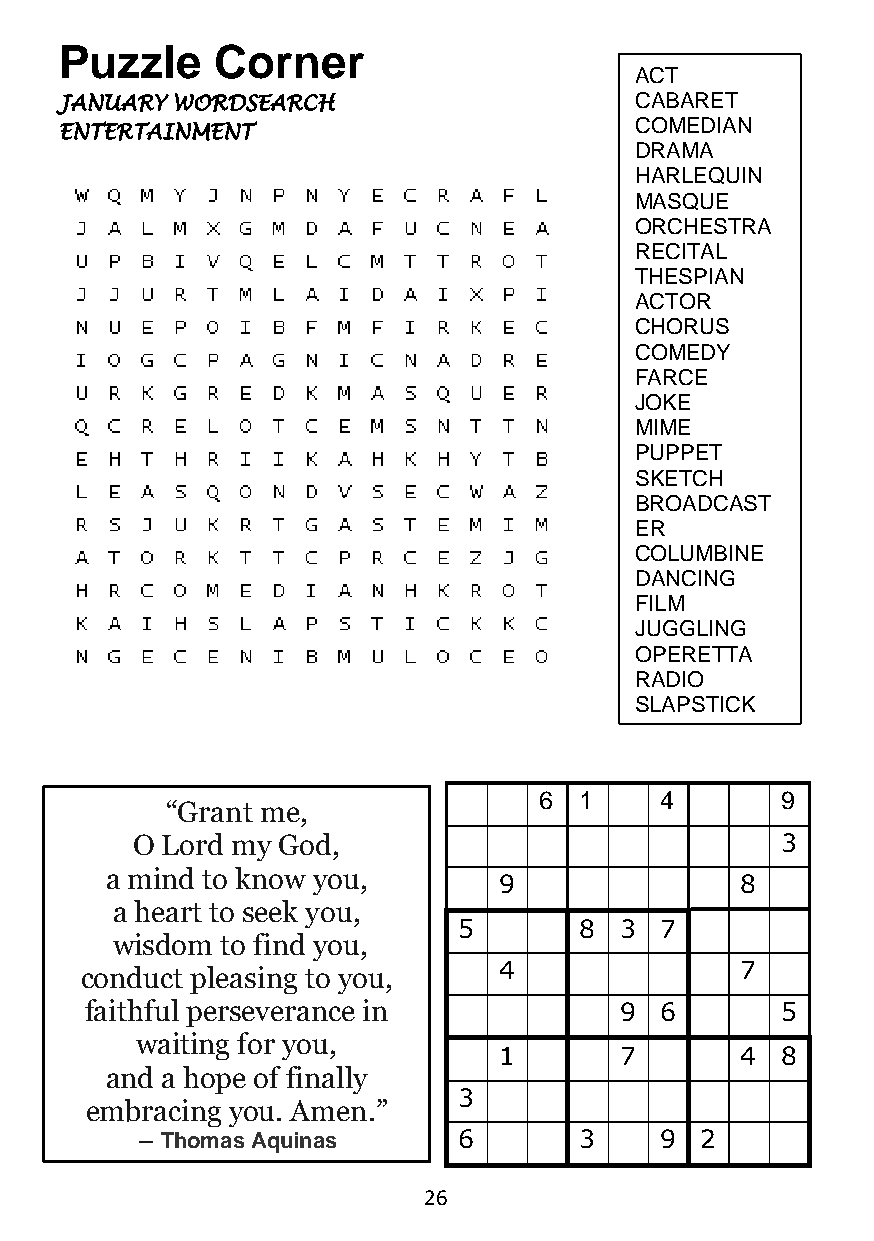
Puzzle    Corner
 ACT
 JANUARY WORDSEARCH                    CABARET
 COMEDIAN
 ENTERTAINMENT
 DRAMA
 HARLEQUIN
 MASQUE
 ORCHESTRA
 RECITAL
 THESPIAN
 ACTOR
 CHORUS
 COMEDY
 FARCE
 JOKE
 MIME
 PUPPET
 SKETCH
 BROADCAST
 ER
 COLUMBINE
 DANCING
 FILM
 JUGGLING
 OPERETTA
 RADIO
 SLAPSTICK
 6 1     4       9
 “Grant me,
 O Lord my God,                             3
 a mind to know you,
 9               8
 a heart to seek you,
 5       8  3  7
 wisdom  to find you,
 conduct pleasing to you,    4               7
 faithful perseverance in           9  6       5
 waiting for you,
 1       7       4  8
 and a hope of finally
 3
 embracing you. Amen.”
 ― Thomas Aquinas     6       3     9 2
 26